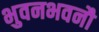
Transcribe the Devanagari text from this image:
भुवनभवनौ